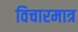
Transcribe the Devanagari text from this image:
विचारमात्र